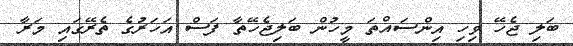
ބަލި ޖެހޭ ވިހި އިންސައްތަ މީހުން ބަލިޖެހޭތާ ފަސް އަހަރުގެ ތެރޭގައި މަރާ